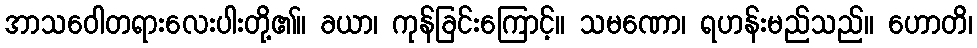
အာသဝေါတရားလေးပါးတို့၏။ ခယာ၊ ကုန်ခြင်းကြောင့်။ သမဏော၊ ရဟန်းမည်သည်။ ဟောတိ၊